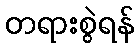
တရားစွဲရန်